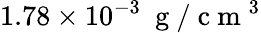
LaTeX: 1.78\times 10^{-3}~\mathrm{~g~}/\mathrm{~c~m~}^{3}